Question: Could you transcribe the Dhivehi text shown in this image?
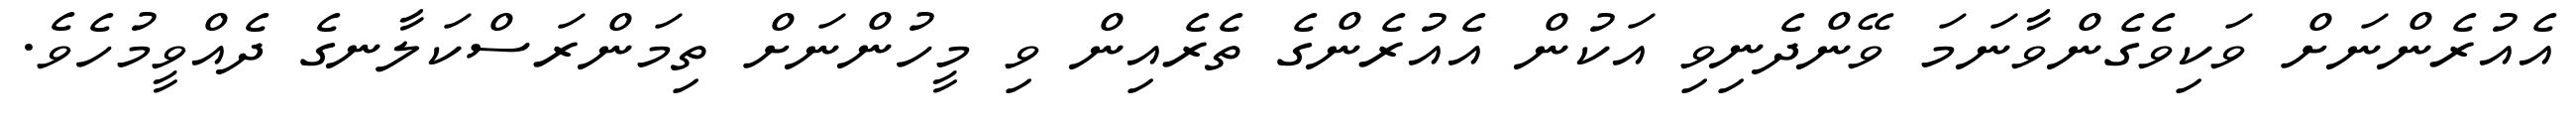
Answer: އެއުރެންނަށް ވަކިވެގެންވާނަމަ ވޭންދެނިވި އަކުން އެއުރެންގެ ތެރެއިން ވި މީހުންނަށް ތިމަންރަސްކަލާނގެ ދެއްވީމުހެވެ.